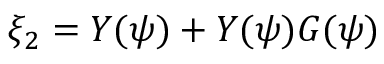
\xi _ { 2 } = Y ( \psi ) + Y ( \psi ) G ( \psi )